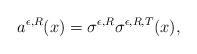
LaTeX: \begin{align*}a^{\epsilon,R}(x)=\sigma^{\epsilon,R}\sigma^{\epsilon,R,T}(x),\end{align*}